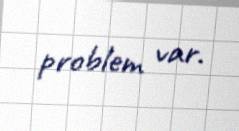
problem var.